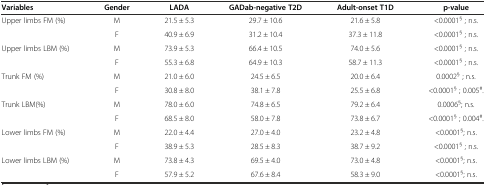
<table><thead><tr><td><b>Variables</b></td><td><b>Gender</b></td><td><b>LADA</b></td><td><b>GADab-negative T2D</b></td><td><b>Adult-onset T1D</b></td><td><b>p-value</b></td></tr></thead><tbody><tr><td>Upper limbs FM (%)</td><td>M</td><td>21.5 ± 5.3</td><td>29.7 ± 10.6</td><td>21.6 ± 5.8</td><td>&lt;0.0001<sup>§</sup> ; n.s.</td></tr><tr><td></td><td>F</td><td>40.9 ± 6.9</td><td>31.2 ± 10.4</td><td>37.3 ± 11.8</td><td>&lt;0.0001<sup>§</sup> ; n.s.</td></tr><tr><td>Upper limbs LBM (%)</td><td>M</td><td>73.9 ± 5.3</td><td>66.4 ± 10.5</td><td>74.0 ± 5.6</td><td>&lt;0.0001<sup>§</sup> ; n.s.</td></tr><tr><td></td><td>F</td><td>55.3 ± 6.8</td><td>64.9 ± 10.3</td><td>58.7 ± 11.3</td><td>&lt;0.0001<sup>§</sup> ; n.s.</td></tr><tr><td>Trunk FM (%)</td><td>M</td><td>21.0 ± 6.0</td><td>24.5 ± 6.5</td><td>20.0 ± 6.4</td><td>0.0002<sup>§</sup> ; n.s.</td></tr><tr><td></td><td>F</td><td>30.8 ± 8.0</td><td>38.1 ± 7.8</td><td>25.5 ± 6.8</td><td>&lt;0.0001<sup>§</sup> ; 0.005<sup>#</sup>.</td></tr><tr><td>Trunk LBM(%)</td><td>M</td><td>78.0 ± 6.0</td><td>74.8 ± 6.5</td><td>79.2 ± 6.4</td><td>0.0006<sup>§</sup>; n.s.</td></tr><tr><td></td><td>F</td><td>68.5 ± 8.0</td><td>58.0 ± 7.8</td><td>73.8 ± 6.7</td><td>&lt;0.0001<sup>§</sup> ; 0.004<sup>#</sup>.</td></tr><tr><td>Lower limbs FM (%)</td><td>M</td><td>22.0 ± 4.4</td><td>27.0 ± 4.0</td><td>23.2 ± 4.8</td><td>&lt;0.0001<sup>§</sup>; n.s.</td></tr><tr><td></td><td>F</td><td>38.9 ± 5.3</td><td>28.5 ± 8.3</td><td>38.7 ± 9.2</td><td>&lt;0.0001<sup>§</sup> ; n.s.</td></tr><tr><td>Lower limbs LBM (%)</td><td>M</td><td>73.8 ± 4.3</td><td>69.5 ± 4.0</td><td>73.0 ± 4.8</td><td>&lt;0.0001<sup>§</sup>; n.s.</td></tr><tr><td></td><td>F</td><td>57.9 ± 5.2</td><td>67.6 ± 8.4</td><td>58.3 ± 9.0</td><td>&lt;0.0001<sup>§</sup>; n.s.</td></tr></tbody></table>